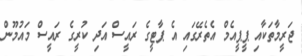
ޖަރީމާތަކާއި ޕީޕީއެމް އެތެރޭގައި އެ ޕާޓީގެ ރައީސް އަދި ކުރީގެ ރައީސް މައުމޫން